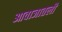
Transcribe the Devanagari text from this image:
आवाजातली